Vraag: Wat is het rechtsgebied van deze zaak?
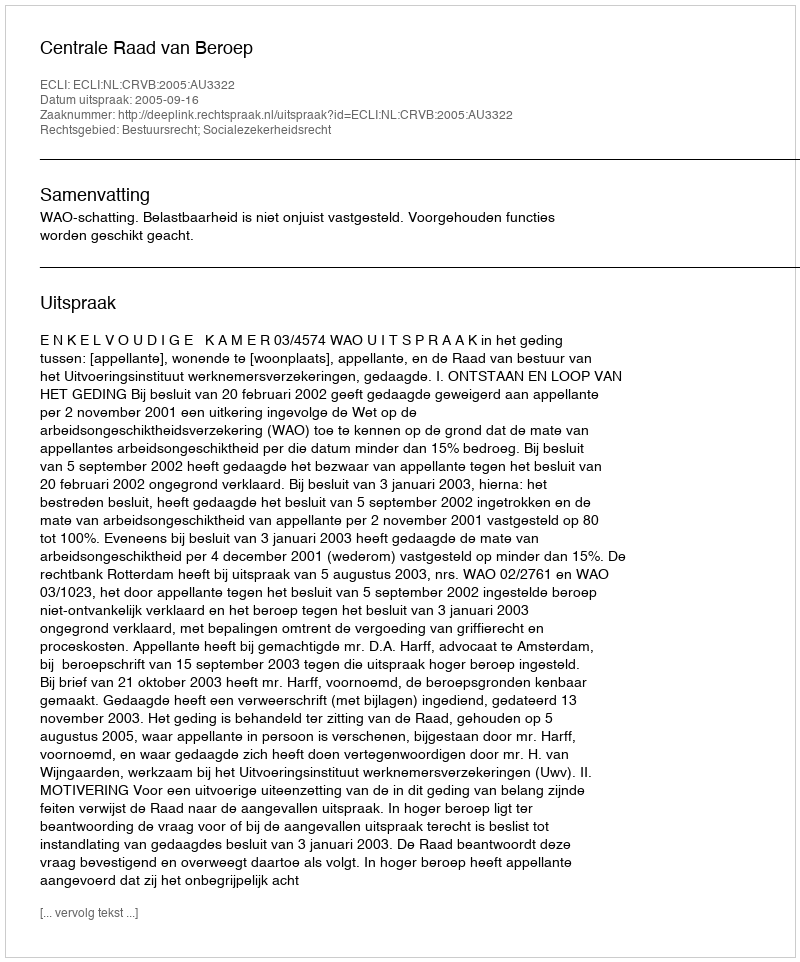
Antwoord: Bestuursrecht; Socialezekerheidsrecht